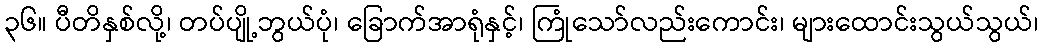
၃၆။ ပီတိနှစ်လို့၊ တပ်ပျို့ဘွယ်ပုံ၊ ခြောက်အာရုံနှင့်၊ ကြုံသော်လည်းကောင်း၊ များထောင်းသွယ်သွယ်၊